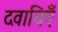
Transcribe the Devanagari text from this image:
दवायिएँ